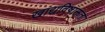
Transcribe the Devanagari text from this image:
खाद्यविषाक्तता